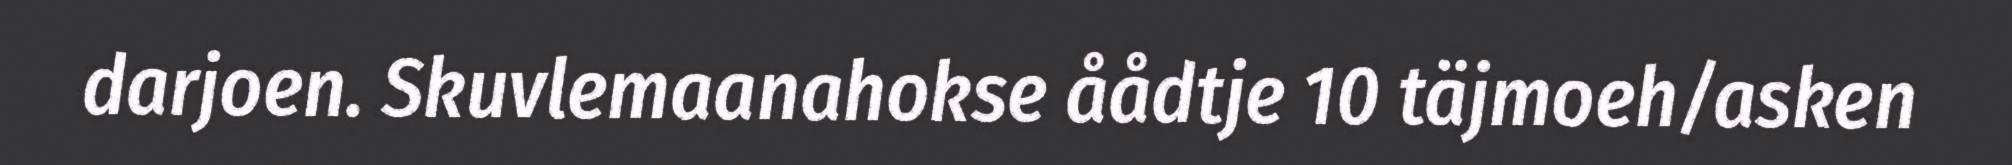
darjoen. Skuvlemaanahokse åådtje 10 täjmoeh/asken